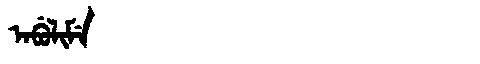
Manchu: ᠠᠪᡠᠯᡳᠮᡝ
Romanization: ABULIME